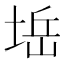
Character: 𱗀